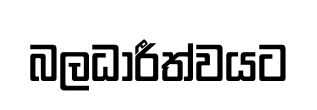
බලධාරීත්වයට